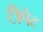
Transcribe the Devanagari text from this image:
टीपेट